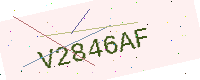
Text: V2846AF